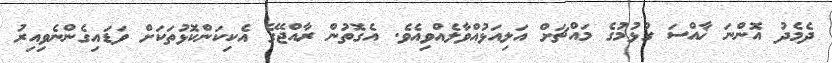
ދެމެދު އޮންނަ ޚާއްސަ ގުޅުމުގެ މައްޗަށް އަލިއަޅުއްވާލެއްވިއެވެ. އެގޮތުން ރާއްޖޭގެ އެކިކަންކޮޅުތަކަށް ވަޑައިގެންނެވިއިރު